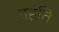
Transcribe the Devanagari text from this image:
वहति